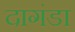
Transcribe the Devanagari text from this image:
दागंडा